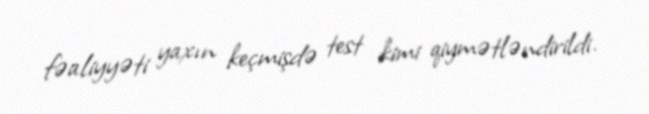
fəaliyyəti yaxın keçmişdə test kimi qiymətləndirildi.